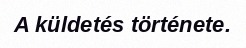
A küldetés története.